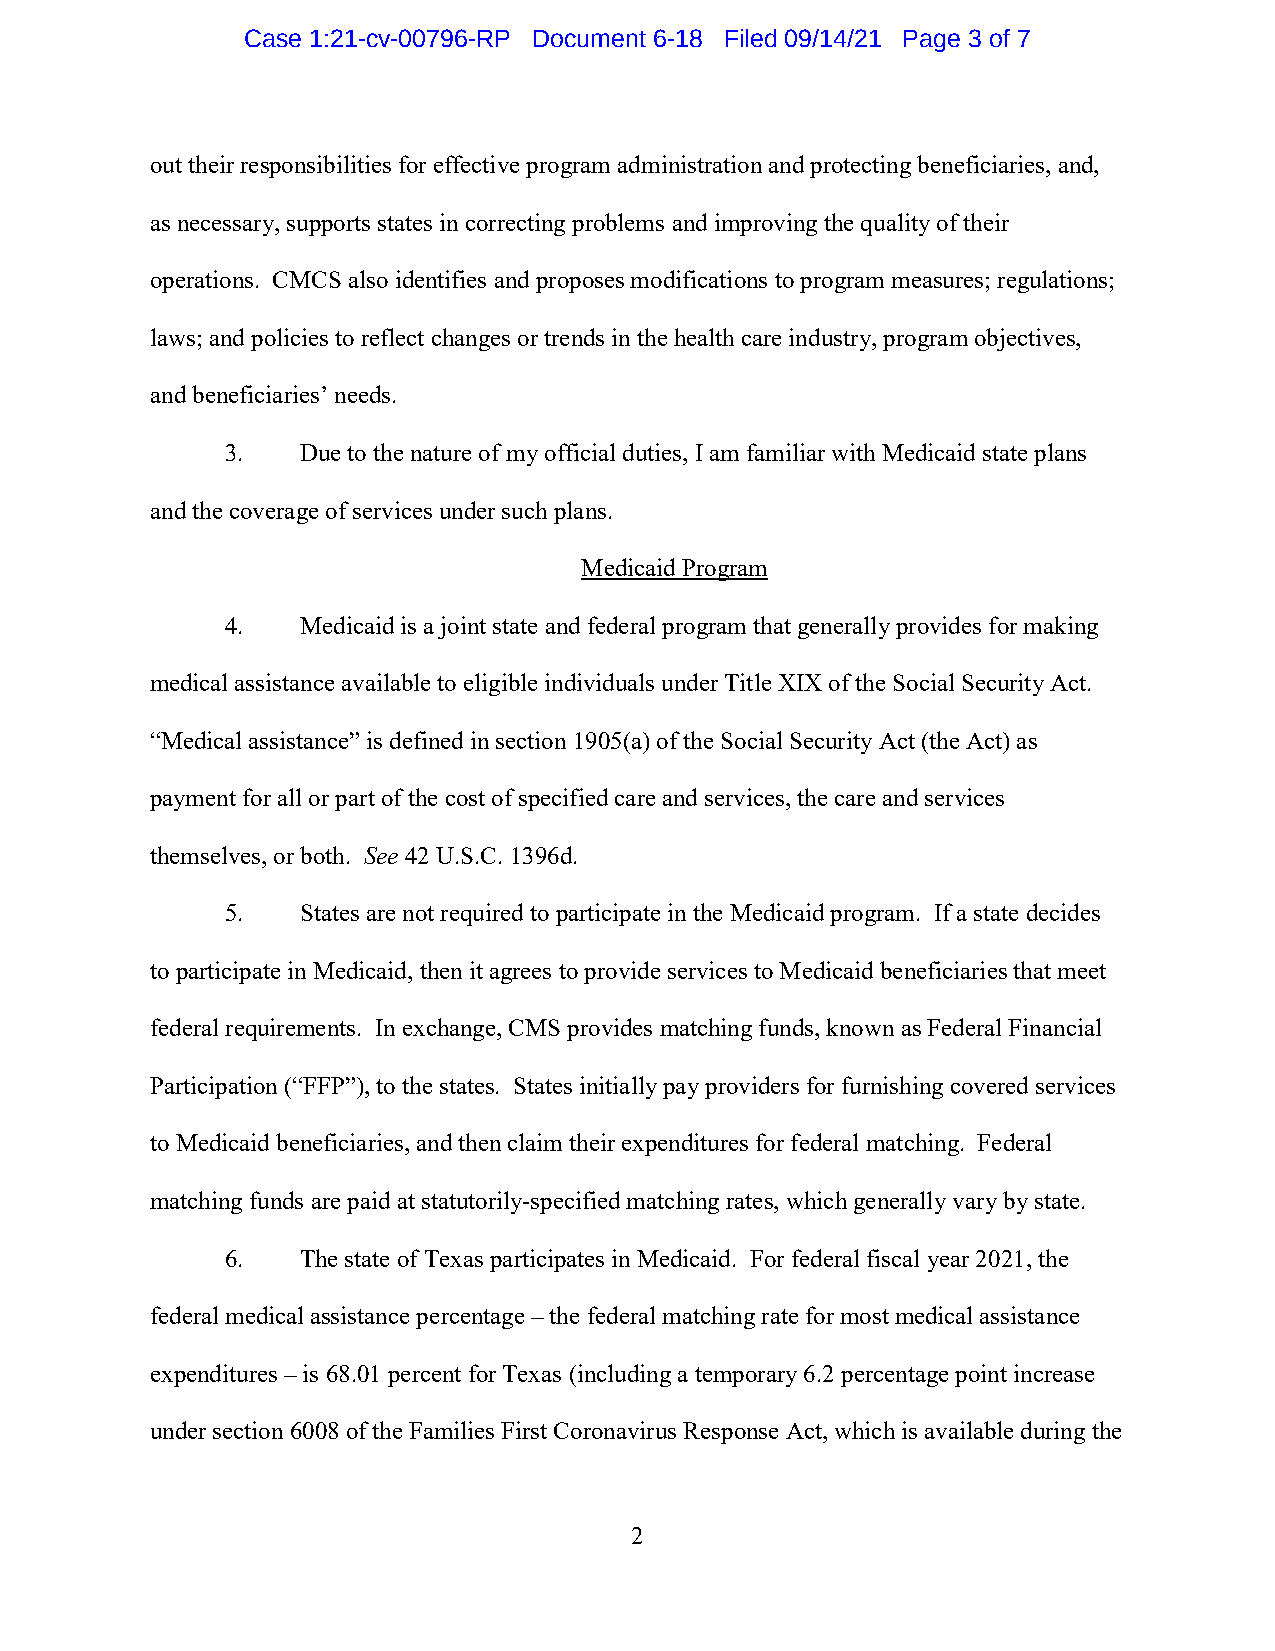
Case 1:21-cv-00796-RP Document 6-18 Filed 09/14/21 Page 3 of 7
 out their responsibilities for effective program administration and protecting beneficiaries, and,
 as necessary, supports states in correcting problems and improving the quality of their
 operations. CMCS also identifies and proposes modifications to program measures; regulations;
 laws; and policies to reflect changes or trends in the health care industry, program objectives,
 and beneficiaries’ needs.
 3.   Due to the nature of my official duties, I am familiar with Medicaid state plans
 and the coverage of services under such plans.
 Medicaid Program
 4.   Medicaid is a joint state and federal program that generally provides for making
 medical assistance available to eligible individuals under Title XIX of the Social Security Act.
 “Medical assistance” is defined in section 1905(a) of the Social Security Act (the Act) as
 payment for all or part of the cost of specified care and services, the care and services
 themselves, or both. See 42 U.S.C. 1396d.
 5.   States are not required to participate in the Medicaid program. If a state decides
 to participate in Medicaid, then it agrees to provide services to Medicaid beneficiaries that meet
 federal requirements. In exchange, CMS provides matching funds, known as Federal Financial
 Participation (“FFP”), to the states. States initially pay providers for furnishing covered services
 to Medicaid beneficiaries, and then claim their expenditures for federal matching. Federal
 matching funds are paid at statutorily-specified matching rates, which generally vary by state.
 6.   The state of Texas participates in Medicaid. For federal fiscal year 2021, the
 federal medical assistance percentage – the federal matching rate for most medical assistance
 expenditures – is 68.01 percent for Texas (including a temporary 6.2 percentage point increase
 under section 6008 of the Families First Coronavirus Response Act, which is available during the
 2